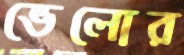
ভেলোর